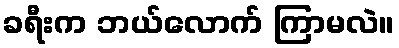
ခရီးက ဘယ်လောက် ကြာမလဲ။